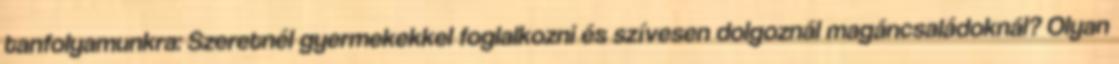
tanfolyamunkra: Szeretnél gyermekekkel foglalkozni és szívesen dolgoznál magáncsaládoknál? Olyan